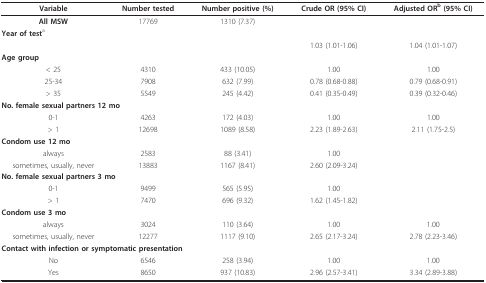
<table><thead><tr><td><b>Variable</b></td><td><b>Number tested</b></td><td><b>Number positive (%)</b></td><td><b>Crude OR (95% CI)</b></td><td><b>Adjusted OR<sup>b </sup>(95% CI)</b></td></tr></thead><tbody><tr><td><b>All MSW</b></td><td>17769</td><td>1310 (7.37)</td><td></td><td></td></tr><tr><td colspan="5"><b>Year of test</b><sup>a </sup></td></tr><tr><td></td><td></td><td></td><td>1.03 (1.01-1.06)</td><td>1.04 (1.01-1.07)</td></tr><tr><td colspan="5"><b>Age group</b></td></tr><tr><td>&lt; 25</td><td>4310</td><td>433 (10.05)</td><td>1.00</td><td>1.00</td></tr><tr><td>25-34</td><td>7908</td><td>632 (7.99)</td><td>0.78 (0.68-0.88)</td><td>0.79 (0.68-0.91)</td></tr><tr><td>&gt; 35</td><td>5549</td><td>245 (4.42)</td><td>0.41 (0.35-0.49)</td><td>0.39 (0.32-0.46)</td></tr><tr><td colspan="5"><b>No. female sexual partners 12 mo</b></td></tr><tr><td>0-1</td><td>4263</td><td>172 (4.03)</td><td>1.00</td><td>1.00</td></tr><tr><td>&gt; 1</td><td>12698</td><td>1089 (8.58)</td><td>2.23 (1.89-2.63)</td><td>2.11 (1.75-2.5)</td></tr><tr><td colspan="5"><b>Condom use 12 mo</b></td></tr><tr><td>always</td><td>2583</td><td>88 (3.41)</td><td>1.00</td><td></td></tr><tr><td>sometimes, usually, never</td><td>13883</td><td>1167 (8.41)</td><td>2.60 (2.09-3.24)</td><td></td></tr><tr><td colspan="5"><b>No. female sexual partners 3 mo</b></td></tr><tr><td>0-1</td><td>9499</td><td>565 (5.95)</td><td>1.00</td><td></td></tr><tr><td>&gt; 1</td><td>7470</td><td>696 (9.32)</td><td>1.62 (1.45-1.82)</td><td></td></tr><tr><td colspan="5"><b>Condom use 3 mo</b></td></tr><tr><td>always</td><td>3024</td><td>110 (3.64)</td><td>1.00</td><td>1.00</td></tr><tr><td>sometimes, usually, never</td><td>12277</td><td>1117 (9.10)</td><td>2.65 (2.17-3.24)</td><td>2.78 (2.23-3.46)</td></tr><tr><td colspan="5"><b>Contact with infection or symptomatic presentation</b></td></tr><tr><td>No</td><td>6546</td><td>258 (3.94)</td><td>1.00</td><td>1.00</td></tr><tr><td>Yes</td><td>8650</td><td>937 (10.83)</td><td>2.96 (2.57-3.41)</td><td>3.34 (2.89-3.88)</td></tr></tbody></table>